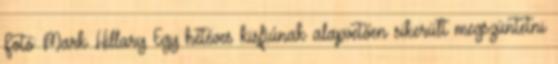
Fotó: Mark Hillary Egy hétéves kisfiúnak alapvetően sikerült megszüntetni